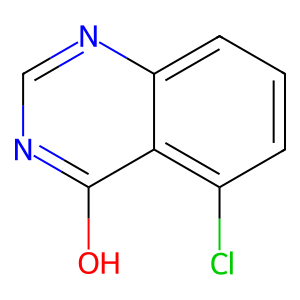
SMILES: Oc1ncnc2cccc(Cl)c12
Inhibits HIV replication: No